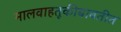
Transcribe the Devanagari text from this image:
मालवाहतूकीबाबतीत